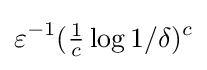
\varepsilon ^{-1}({\tfrac {1}{c}}\log 1/\delta )^{c}